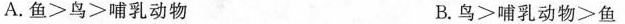
A. 鱼>鸟>哺乳动物 B.鸟>哺乳动物>鱼